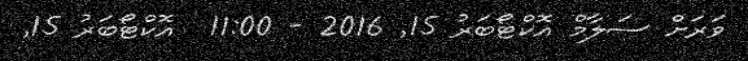
ވަރަށް ސަލާމް އޮކްޓޯބަރު 15